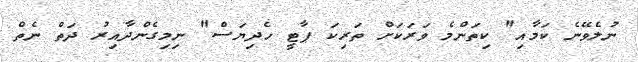
ނުލެވޭނެ ކަމާއި" ކިތަންމެ ވަރަކަށް ތަރިކަ ޕާޓީ ހެދިޔަސް" ނިމިގެންދާއިރު ދަތް ނެތް